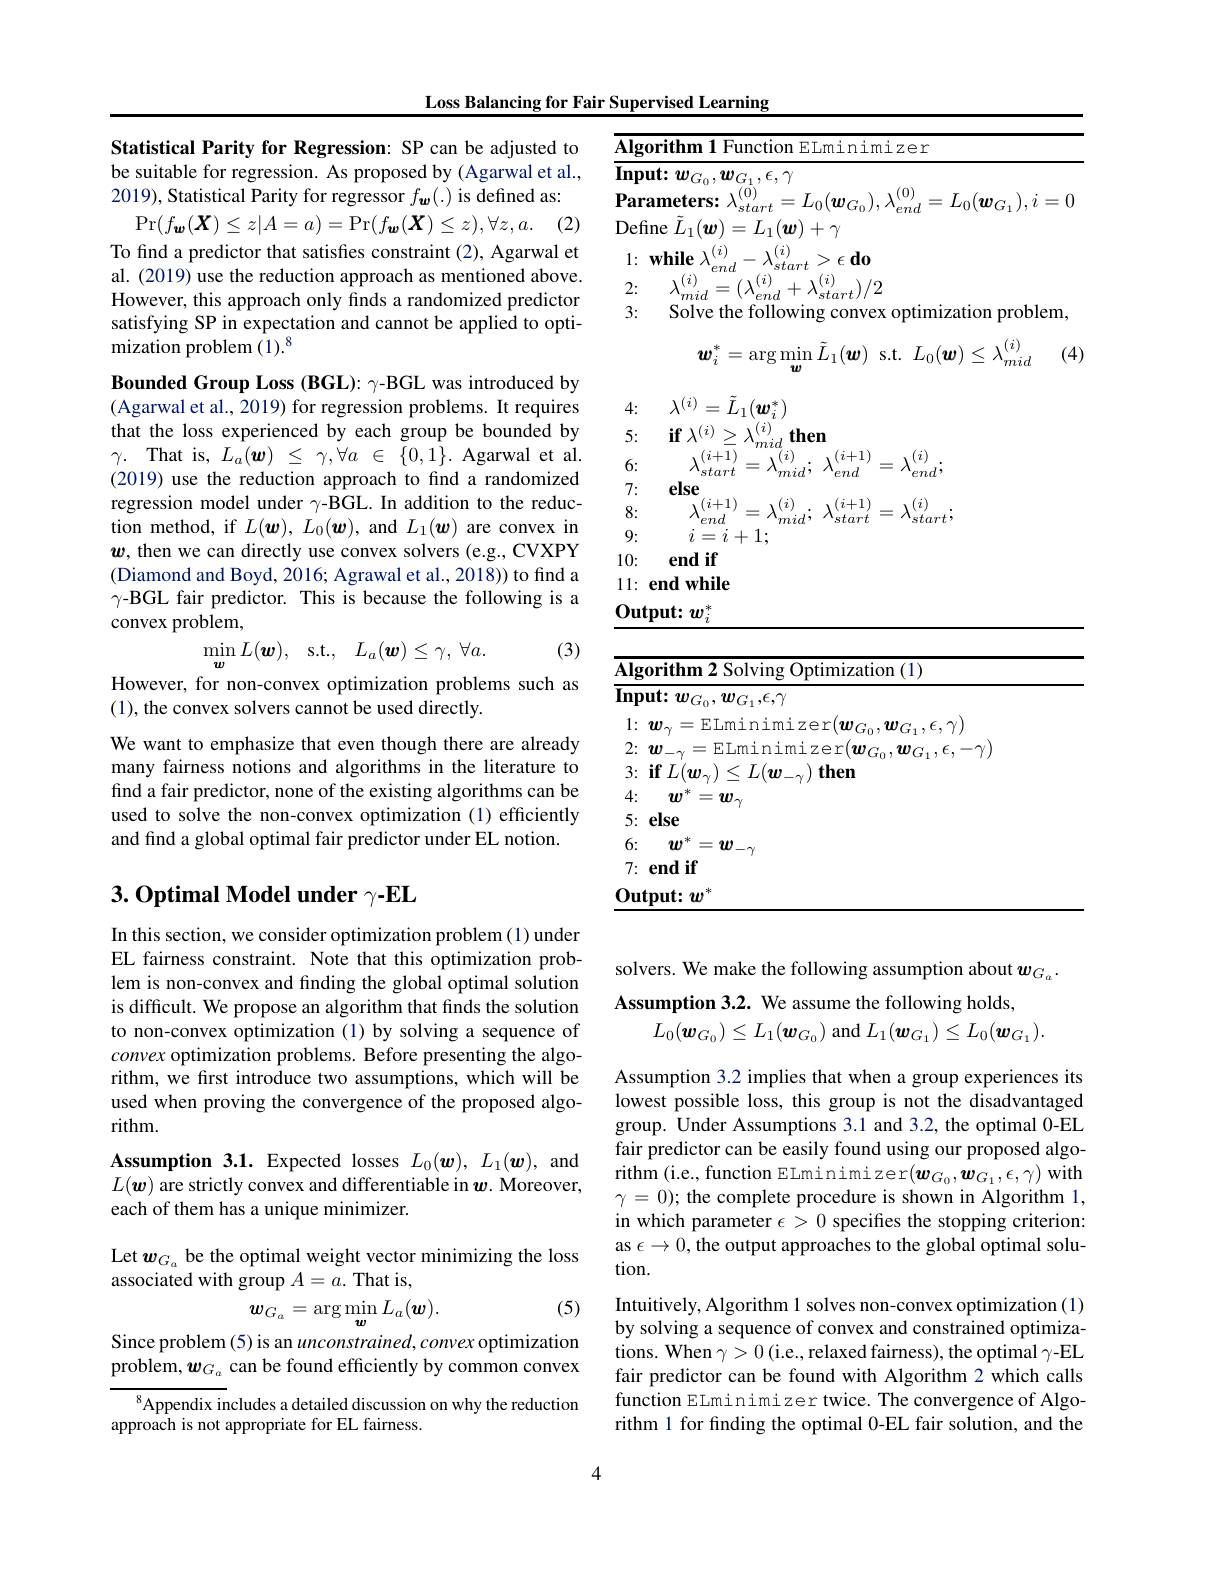
Loss Balancing for Fair Supervised Learning

Statistical Parity for Regression: SP can be adjusted to be suitable for regression. As proposed by (Agarwal et al., 2019), Statistical Parity for regressor $f_{\boldsymbol{w}}(.)$ is defined as:
$\Pr(f_{\boldsymbol{w}}(\boldsymbol{X})\leq z|A=a)=\Pr(f_{\boldsymbol{w}}(\boldsymbol{X})\leq z),\forall z,a.$

(2)

To find a predictor that satisfies constraint (2), Agarwal et al. (2019) use the reduction approach as mentioned above. However, this approach only finds a randomized predictor satisfying SP in expectation and cannot be applied to optimization problem $(1).^8$

Bounded Group Loss (BGL): $\gamma$-BGL was introduced by (Agarwal et al., 2019) for regression problems. It requires that the loss experienced by each group be bounded by $\gamma .$ That is, $L_a( \boldsymbol{w})$ $\leq$ $\gamma , \dot{\forall } a$ $\in$ $\{ 0, 1\} .$ Agarwal et al. (2019) use the reduction approach to find a randomized regression model under $\gamma$-BGL.In addition to the reduction method, if $L(\boldsymbol w),L_0(\boldsymbol w)$, and $L_1(\boldsymbol w)$ are convex in $\boldsymbol{w}$, then we can directly use convex solvers (e.g., CVXPY (Diamond and Boyd, 2016; Agrawal et al., 2018)) to find a $\gamma$-BGL fair predictor. This is because the following is a convex problem,
$$\min_{\boldsymbol{w}}L(\boldsymbol{w}),\quad\mathrm{s.t.},\quad L_{a}(\boldsymbol{w})\leq\gamma,\:\forall a.$$
(3)

However, for non-convex optimization problems such as
(1), the convex solvers cannot be used directly.

We want to emphasize that even though there are already many fairness notions and algorithms in the literature to find a fair predictor, none of the existing algorithms can be used to solve the non-convex optimization(1) efficiently and find a global optimal fair predictor under EL notion.

# $3. \textbf{Optimal Model under }\gamma - \mathbf{EL}$

In this section, we consider optimization problem (1) under EL fairness constraint. Note that this optimization problem is non-convex and finding the global optimal solution is difficult. We propose an algorithm that finds the solution to non-convex optimization (1) by solving a sequence of convex optimization problems. Before presenting the algorithm, we first introduce two assumptions, which will be used when proving the convergence of the proposed algorithm.

Assumption 3.1. Expected losses $L_0(\boldsymbol{w}),L_1(\boldsymbol{w})$, and $L(\boldsymbol{w})$ are strictly convex and differentiable in $\boldsymbol w.$ Moreover, each of them has a unique minimizer.

Let $\boldsymbol{w}_{G_{a}}$ be the optimal weight vector minimizing the loss
associated with group $A=a.$ That is,

(5)
$$\boldsymbol{w}_{G_{a}}=\arg\min_{\boldsymbol{w}}L_{a}(\boldsymbol{w}).$$
Since problem (5) is an unconstrained, convex optimization problem, $\boldsymbol w_{G_a}$ can be found efficiently by common convex
$^{8}$Appendix includes a detailed discussion on why the reduction
approach is not appropriate for EL fairness.

3: Solve the following convex optimization problem,

(4)
$$\boldsymbol{w}_i^*=\arg\min_{\boldsymbol{w}}\tilde{L}_1(\boldsymbol{w})\:\mathrm{s.t.}\:L_0(\boldsymbol{w})\leq\lambda_{mid}^{(i)}$$
4: $\lambda ^{( i) }= \tilde{L} _{1}( \boldsymbol{w}_{i}^{* })$
$\begin{array}{cc}{5:}&{\textbf{if }\lambda^{(i)}\geq\lambda_{mid}^{(i)}\mathbf{then}}\\{6:}&{\lambda_{start}^{(i+1)}=\lambda_{mid}^{(i)};\:\lambda_{end}^{(i+1)}=\lambda_{end}^{(i)};}\end{array}$
7: $\textbf{else}$
8:
$\begin{array}{l}{{\lambda_{end}^{(i+1)}=\lambda_{mid}^{(i)};~\lambda_{start}^{(i+1)}=\lambda_{start}^{(i)};}}\\{{i=i+1;}}\end{array}$
9:
10: $\textbf{end if}$ $11: \textbf{end while}$ $\underline{\mathrm{Output:}}\boldsymbol{w}_{i}^{*}$

<table>
	<tbody>
		<tr>
			<td>$A.$</td>
			<td>olving Optimization ( 1) </td>
		</tr>
		<tr>
			<td>$\overline{\mathbf{I}}$ 1</td>
			<td>${^{\prime}G_{1},\epsilon,\gamma}$</td>
		</tr>
		<tr>
			<td> </td>
			<td>inimizer$( \boldsymbol{w}_{G}$ $_{0},\boldsymbol{w}_{G_{1}},\epsilon,\gamma)$</td>
		</tr>
		<tr>
			<td> </td>
			<td>minimizer$(\boldsymbol w_{G})$ $,\boldsymbol{w}_{G_{1}},\epsilon,-\gamma)$</td>
		</tr>
		<tr>
			<td> </td>
			<td>$L(\boldsymbol{w}_{-\gamma})\boldsymbol{t}$ then</td>
		</tr>
		<tr>
			<td> </td>
			<td> </td>
		</tr>
		<tr>
			<td> </td>
			<td> </td>
		</tr>
		<tr>
			<td> </td>
			<td> </td>
		</tr>
		<tr>
			<td> </td>
			<td> </td>
		</tr>
		<tr>
			<td>1 112 $a_{2}=\frac{1}{2}$ 1</td>
			<td> </td>
		</tr>
	</tbody>
</table>

solvers. We make the following assumption about $\boldsymbol w_{G_a}.$
Assumption 3.2. We assume the following holds,
$L_{0}(\boldsymbol{w}_{G_{0}})\leq L_{1}(\boldsymbol{w}_{G_{0}})$ and $L_1(\boldsymbol{w}_{G_{1}})\leq L_{0}(\boldsymbol{w}_{G_{1}}).$

Assumption 3.2 implies that when a group experiences its lowest possible loss, this group is not the disadvantaged group. Under Assumptions 3.1 and 3.2, the optimal 0-EL fair predictor can be easily found using our proposed algo- $\operatorname{rithm}($i.e., function ELminimizer$(\boldsymbol w_{G_0},\boldsymbol{w}_{G_1},\epsilon,\gamma)$with $\gamma=0);$ the complete procedure is shown in Algorithm 1, in which parameter $\epsilon>0$ specifies the stopping criterion: as $\epsilon\to0$, the output approaches to the global optimal solution.
Intuitively, Algorithm 1 solves non-convex optimization (1) by solving a sequence of convex and constrained optimizations. When $\gamma>0$ (i.e., relaxed fairness), the optimal $\gamma$-EL fair predictor can be found with Algorithm 2 which calls function ELminimizer twice. The convergence of Algorithm 1 for finding the optimal 0-EL fair solution, and the

4